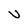
Character: U